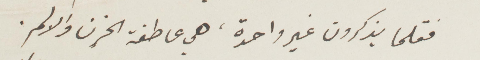
فقلما يذكرون غير واحدة، هي عاطفة الحزن والالم.